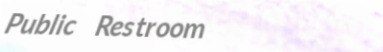
Public Restroom